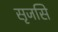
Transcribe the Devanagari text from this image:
सृजसि